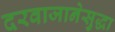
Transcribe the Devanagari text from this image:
दरवाजानेसुद्धा